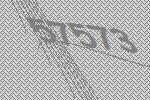
57573